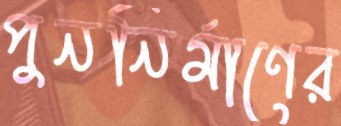
পুননির্মাণের